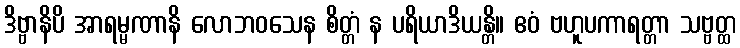
ဒိဗ္ဗာနိပိ အာရမ္မဏာနိ လောဘဝသေန စိတ္တံ န ပရိယာဒိယန္တိ။ ဧဝံ ဗဟူပကာရတ္တာ သဗ္ဗတ္ထ